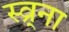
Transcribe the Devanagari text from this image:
स्व्र्ना